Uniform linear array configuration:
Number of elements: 64
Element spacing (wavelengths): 0.75
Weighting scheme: hamming
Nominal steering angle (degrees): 15
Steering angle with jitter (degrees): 16.442
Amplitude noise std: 0.05
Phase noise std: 0.05

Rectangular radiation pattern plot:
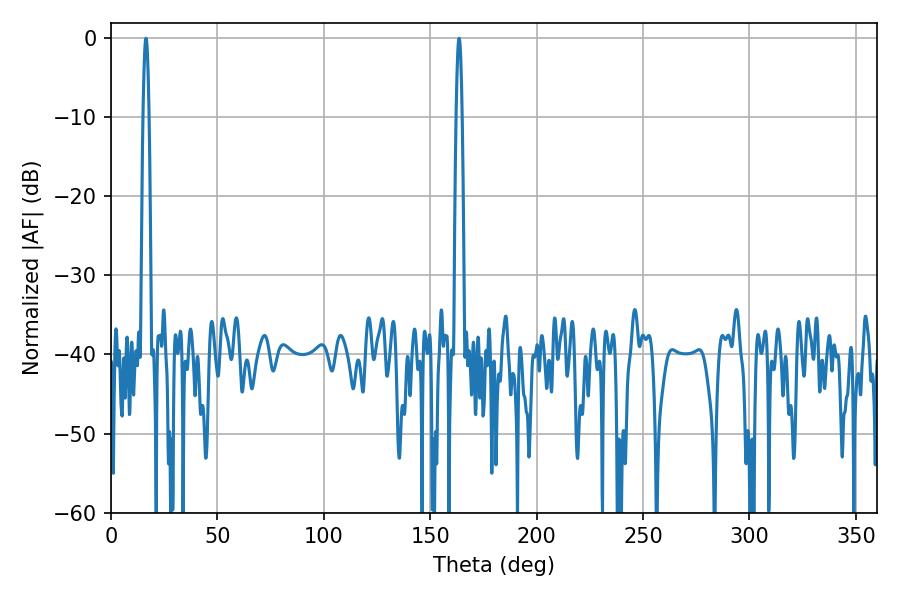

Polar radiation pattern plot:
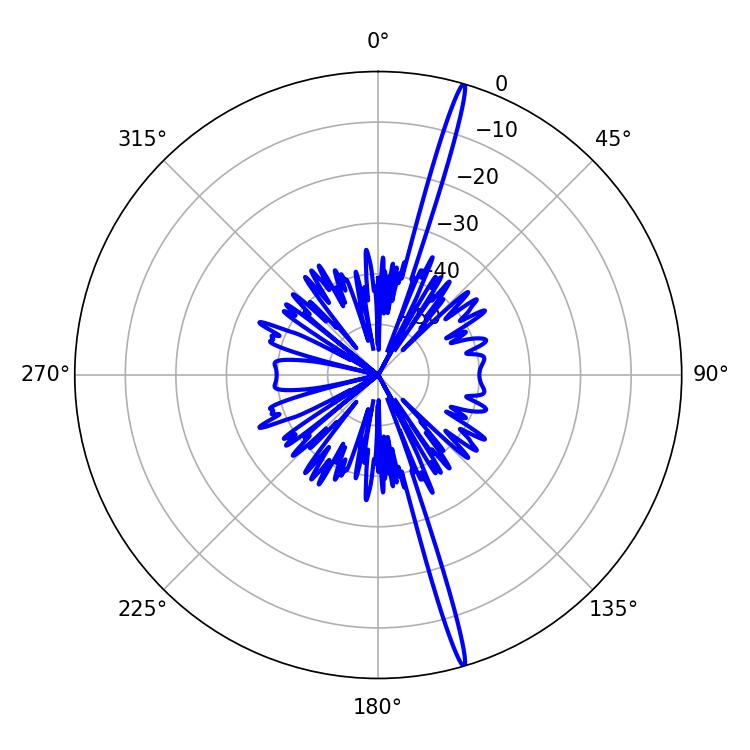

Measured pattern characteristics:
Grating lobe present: TRUE
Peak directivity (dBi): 20.683
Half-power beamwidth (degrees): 1.44
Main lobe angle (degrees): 163.62